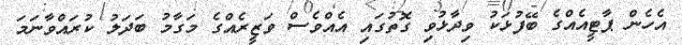
އެހެން ޕާޓީއެއްގެ ބޭފުޅަކު ވިދާޅުވި ގޮތުގައި އެއްވެސް ވަޒީރެއްގެ މަގާމު ބަދަލު ކުރައްވާނަމަ